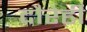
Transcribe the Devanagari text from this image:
दौरेही